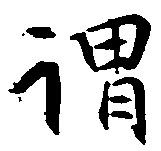
謂